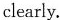
clearly.